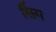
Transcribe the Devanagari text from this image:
सिँग